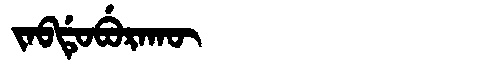
Manchu: ᠵᠠᠪᡩᡠᠪᡠᡵᠠᡴᡡ
Romanization: JABDUBURAKŪ